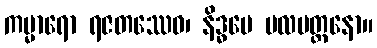
ကမ္မာရော ရဇတဿေဝ၊ နိဒ္ဓမေ မလမတ္တနော။